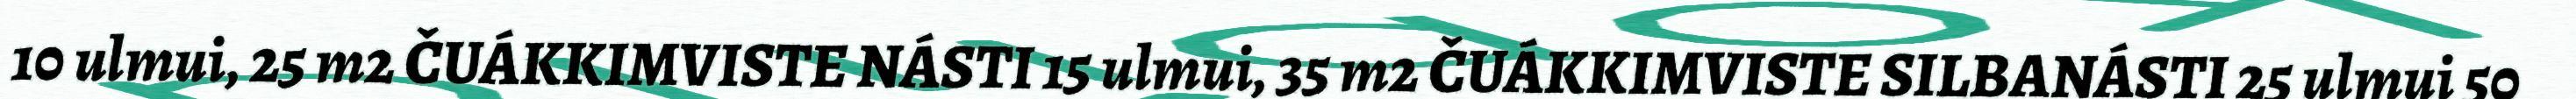
10 ulmui, 25 m2 ČUÁKKIMVISTE NÁSTI 15 ulmui, 35 m2 ČUÁKKIMVISTE SILBANÁSTI 25 ulmui 50